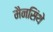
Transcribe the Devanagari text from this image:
मैनसिंथे